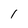
Character: 1